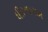
ધીરજરામ